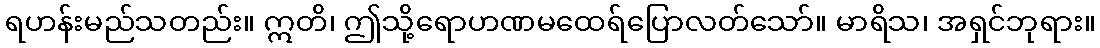
ရဟန်းမည်သတည်း။ ဣတိ၊ ဤသို့ရောဟဏမထေရ်ပြောလတ်သော်။ မာရိသ၊ အရှင်ဘုရား။